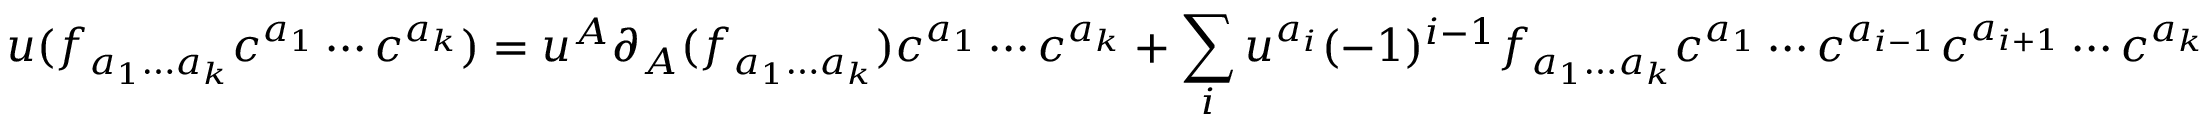
u ( f _ { a _ { 1 } \ldots a _ { k } } c ^ { a _ { 1 } } \cdots c ^ { a _ { k } } ) = u ^ { A } \partial _ { A } ( f _ { a _ { 1 } \ldots a _ { k } } ) c ^ { a _ { 1 } } \cdots c ^ { a _ { k } } + \sum _ { i } u ^ { a _ { i } } ( - 1 ) ^ { i - 1 } f _ { a _ { 1 } \ldots a _ { k } } c ^ { a _ { 1 } } \cdots c ^ { a _ { i - 1 } } c ^ { a _ { i + 1 } } \cdots c ^ { a _ { k } }